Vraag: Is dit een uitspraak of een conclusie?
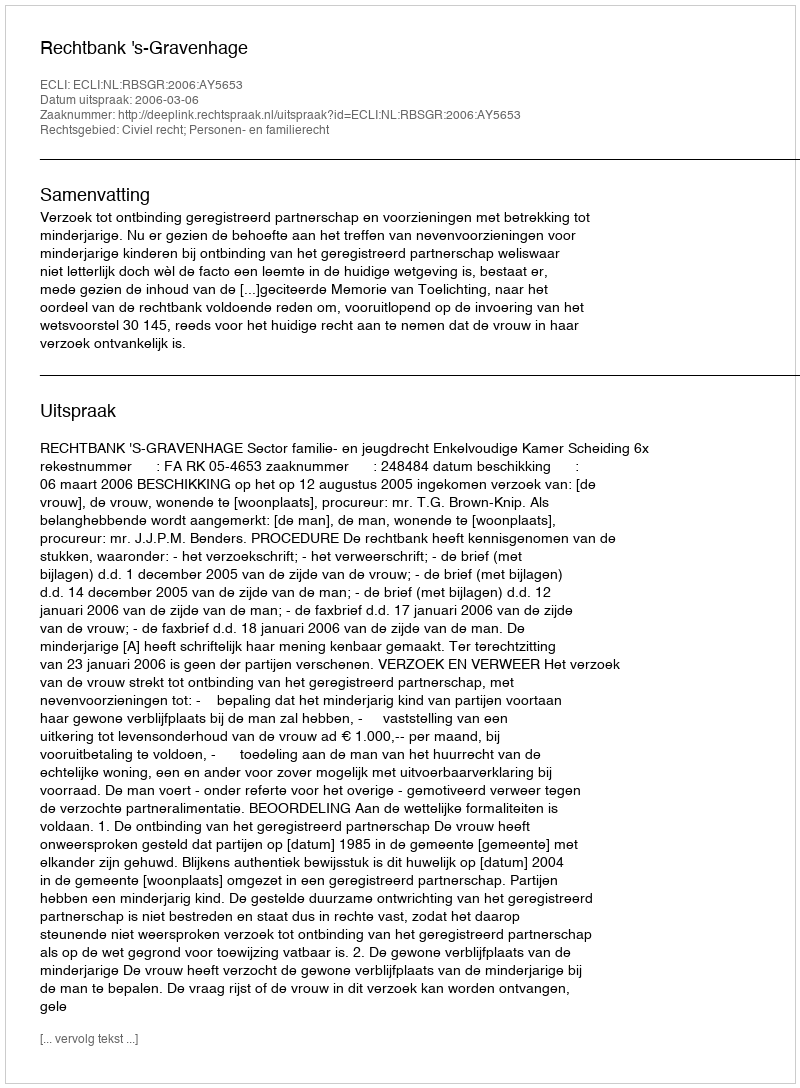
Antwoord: Uitspraak